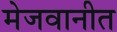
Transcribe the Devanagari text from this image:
मेजवानीत